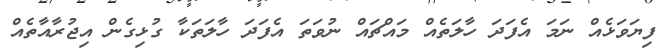
ފިޔަވަޅެއް ނަމަ އެފަދަ ހާލަތެއް މައްޗައް ނުވަތަ އެފަދަ ހާލަތަކާ ގުޅިގެން އިޖުރާއާތެއް